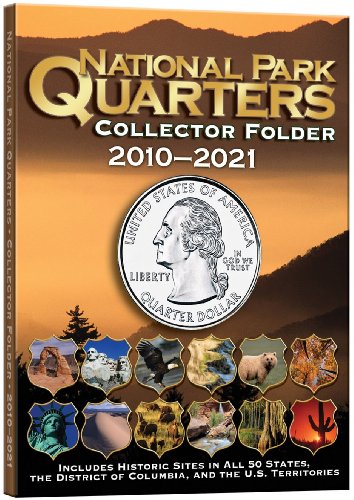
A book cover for National Park Coin Single Mint Folder 2010-2021; Whitman Publishing; Crafts, Hobbies & Home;